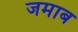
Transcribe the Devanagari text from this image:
जमाब